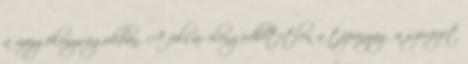
a mozgékonyságukban. A folsav elengedhetetlen a tápanyag a szervezet